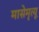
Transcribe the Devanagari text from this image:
मासेमृत्यू